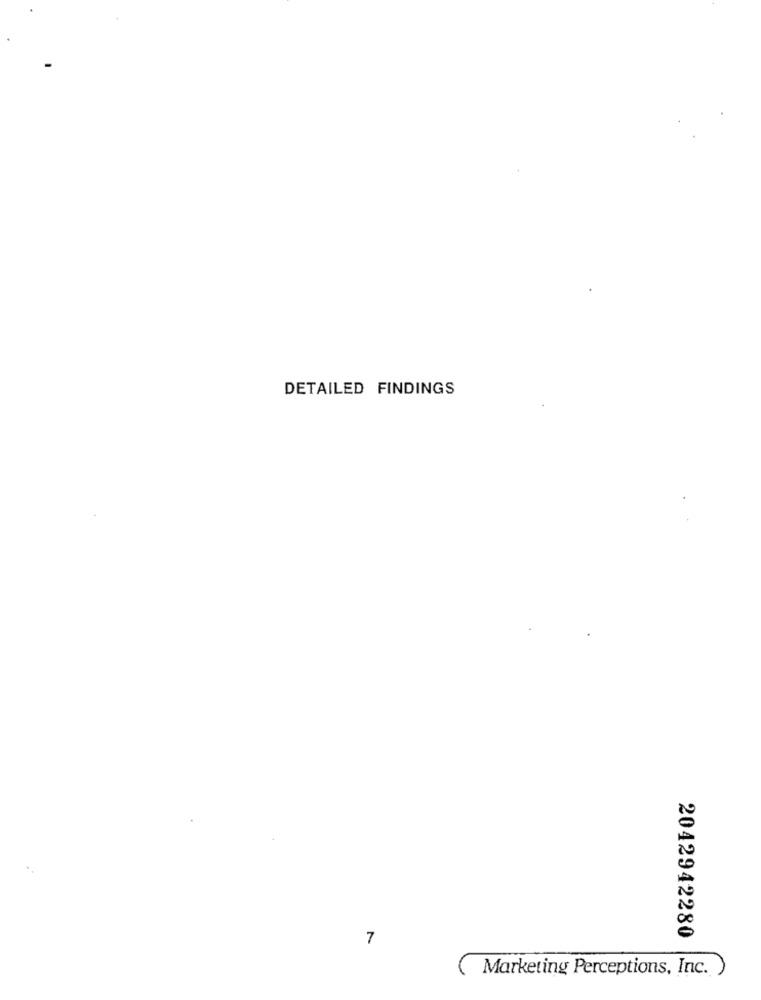
DETAILED FINDINGS
7
2042942280
Marketing Perceptions, Inc. )